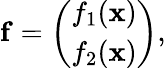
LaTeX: {\mathbf f}=\left(\begin{array}{c}{{f_{1}({\mathbf x})}}\\ {{f_{2}({\mathbf x})}}\end{array}\right),